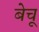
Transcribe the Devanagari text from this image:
बेचू